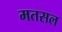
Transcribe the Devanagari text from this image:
मतसल